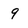
Character: 9